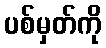
ပစ်မှတ်ကို